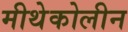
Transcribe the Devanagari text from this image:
मीथेकोलीन